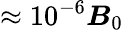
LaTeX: \approx 10^{-6}\boldsymbol{B}_{0}